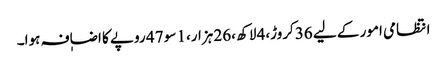
انتظامی امور کے لیے 36کروڑ،4 لاکھ ،26 ہزار،1 سو 47 روپے کا اضاٖفہ ہوا۔